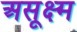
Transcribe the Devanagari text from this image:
असूक्ष्म